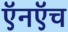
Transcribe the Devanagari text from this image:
ऍनऍच